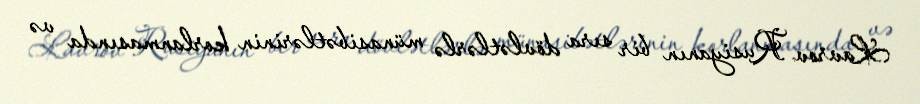
Lavrov Rusiyanın bir sıra dövlətlərlə münasibətlərinin korlanmasında və